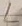
Text: L